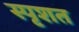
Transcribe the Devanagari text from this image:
स्पृशत